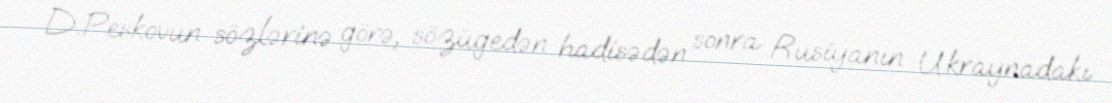
D.Peskovun sözlərinə görə, sözügedən hadisədən sonra Rusiyanın Ukraynadakı